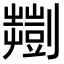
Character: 𫦠